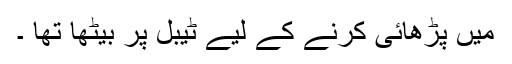
میں پڑھائی کرنے کے لیے ٹیبل پر بیٹھا تھا ۔